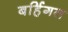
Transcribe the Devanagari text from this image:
बर्हिगत